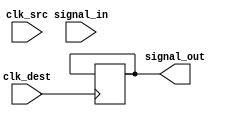
module pulsed_synchronizer #(
    parameter PULSE_WIDTH = 2 // Adjust the pulse width as needed
)(
    input wire clk_src,        // Source clock
    input wire clk_dest,       // Destination clock
    input wire signal_in,      // Input signal to be synchronized
    output reg signal_out       // Synchronized output signal
);

    reg signal_in_d1;          // First delayed signal
    reg signal_in_d2;          // Second delayed signal
    reg pulse;                 // Pulse signal

    // Generate pulse on signal change
    always @(posedge clk_src) begin
        if (signal_in != signal_in_d1) begin
            pulse <= 1'b1; // Generate pulse when input changes
        end else begin
            pulse <= 1'b0; // Reset pulse if no change
        end
        signal_in_d1 <= signal_in; // Delay input signal
    end

    // Synchronize the pulse to the destination clock
    reg pulse_sync;            // Synchronized pulse signal

    always @(posedge clk_dest) begin
        pulse_sync <= pulse;    // Capture pulse on destination clock
    end

    // Double-register the input signal using the synchronized pulse
    always @(posedge clk_dest) begin
        if (pulse_sync) begin
            signal_out <= signal_in_d1; // Capture the input signal
        end
        // Second flip-flop for double-registering
        signal_out <= signal_out; // Hold the value until next pulse
    end

endmodule